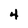
Character: 4